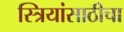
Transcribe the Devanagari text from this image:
स्त्रियांसाठीचा